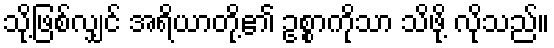
သို့ဖြစ်လျှင် အရိယာတို့၏ ဥစ္စာကိုသာ သိဖို့ လိုသည်။